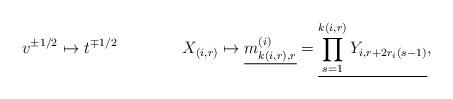
LaTeX: \begin{align*}v^{\pm 1/2}\mapsto t^{\mp 1/2}&&&X_{(i, r)}\mapsto \underline{m_{k(i, r), r}^{(i)}}=\underline{\prod_{s=1}^{k(i, r)}Y_{i, r+2r_i(s-1)}}, \end{align*}